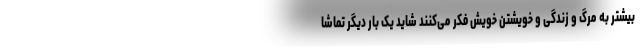
بیشتر به مرگ و زندگی و خویشتن خویش فکر می‌کنند شاید یک بار دیگر تماشا